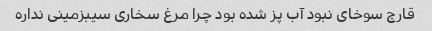
قارچ سوخای نبود آب پز شده بود چرا مرغ سخاری سیبزمینی نداره